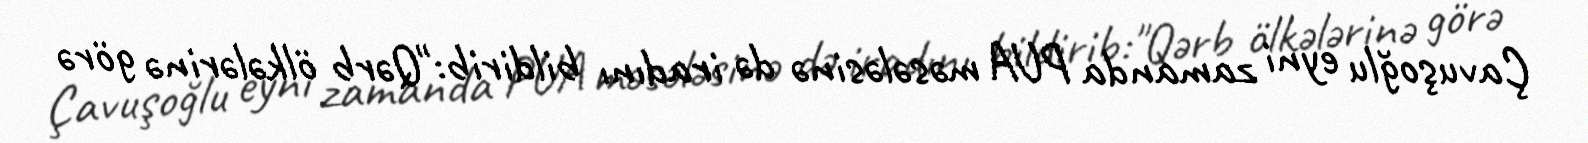
Çavuşoğlu eyni zamanda PUA məsələsinə də iradını bildirib:"Qərb ölkələrinə görə